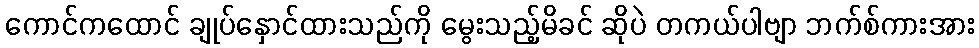
ကောင်ကထောင် ချုပ်နှောင်ထားသည်ကို မွေးသည့်မိခင် ဆိုပဲ တကယ်ပါဗျာ ဘက်စ်ကားအား